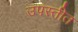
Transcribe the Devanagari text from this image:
उपस्तीत